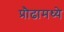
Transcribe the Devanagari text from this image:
प्रौढामध्ये